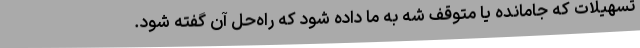
تسهیلات که جامانده یا متوقف شه به ما داده شود که راه‌حل آن گفته شود.